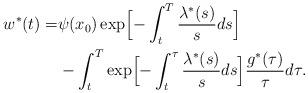
LaTeX: \begin{align*} w^*(t)= &\psi(x_0) \exp \Bigl[ -\int_{t}^{T} \frac{\lambda^*(s)}{s}ds \Bigr]\\ &- \int_t^T \exp \Bigl[ -\int_t^{\tau} \frac{\lambda^*(s)}{s}ds \Bigr] \frac{g^*(\tau)}{\tau} d\tau.\end{align*}